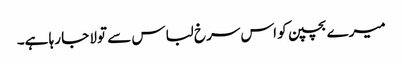
میرے بچپن کو اس سرخ لباس سے تولا جا رہا ہے۔